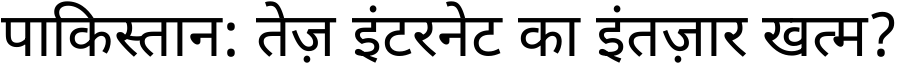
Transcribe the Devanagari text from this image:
पाकिस्तान: तेज़ इंटरनेट का इंतज़ार खत्म?